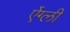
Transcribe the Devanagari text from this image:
ऐंग्ली